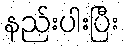
နည်းပါးပြီး